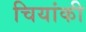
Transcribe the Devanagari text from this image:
चियांकी